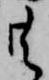
共